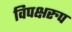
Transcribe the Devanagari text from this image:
विपक्षरुप